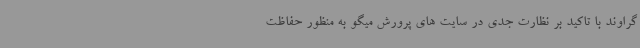
گراوند با تاکید بر نظارت جدی در سایت های پرورش میگو به منظور حفاظت